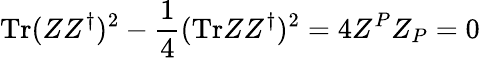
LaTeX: \mathrm{Tr}(ZZ^{\dagger})^{2}-{\frac{1}{4}}(\mathrm{Tr}ZZ^{\dagger})^{2}=4Z^{P}Z_{P}=0